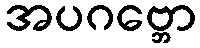
အပဂဗ္ဘော